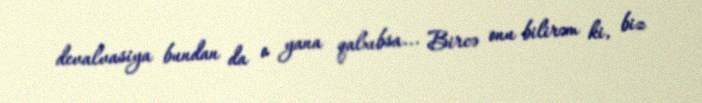
devalvasiya bundan da o yana qalxıbsa... Bircə onu bilirəm ki, biz